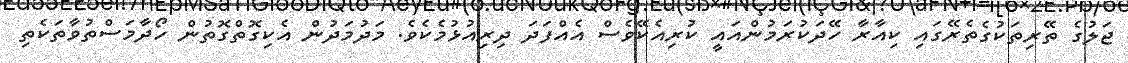
ޖަލުގެ ތޭރިތަކުގެތެރޭގައި ކިއާރާ ހޭދަކުރަމުންއައީ ކުރިއެކޭވެސް އެއްފަދަ ދިރިއުޅުމެކެވެ. މަދުމަދުން އެކިގޮތްގޮތުން ހޯދާމަސްތުވާތަކެތި